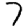
Digit: 7